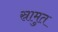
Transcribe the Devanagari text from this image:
स्रामुत